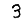
Digit: 3